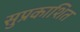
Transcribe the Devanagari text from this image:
सुप्रकाशित